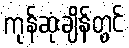
ကုန်ဆုံးချိန်တွင်